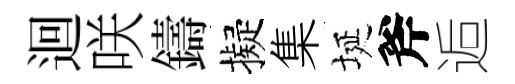
迴咲鑄擬集埏斧逅